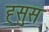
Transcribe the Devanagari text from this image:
ह्सुस